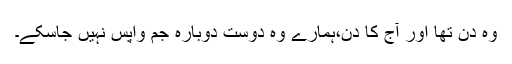
وہ دن تھا اور آج کا دن،ہمارے وہ دوست دوبارہ جم واپس نہیں جاسکے۔